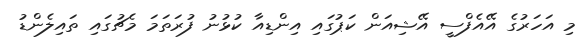
މި އަހަރުގެ އޭއެފްސީ އޭޝިއަން ކަޕުގައި އިންޑިއާ ކުޅުނު ފުރަތަމަ މެޗުގައި ތައިލެންޑު